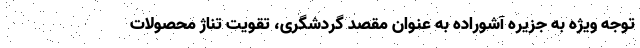
توجه ویژه به جزیره آشوراده به عنوان مقصد گردشگری، تقویت تناژ محصولات